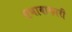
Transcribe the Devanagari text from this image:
प्रभावाकारी